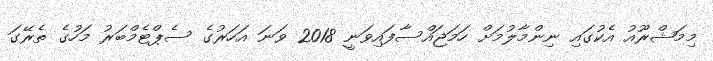
މިމަޝްރޫއު އެކުގައި ނިންމާލުމަށް ހަމަޖައްސާފައިވަނީ 2018 ވަނަ އަަހަރުގެ ސެޕްޓެމްބަރު މަހުގެ ތެރޭގަ